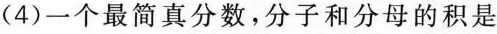
(4)一个最简真分数，分子和分母的积是8，